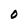
Character: O